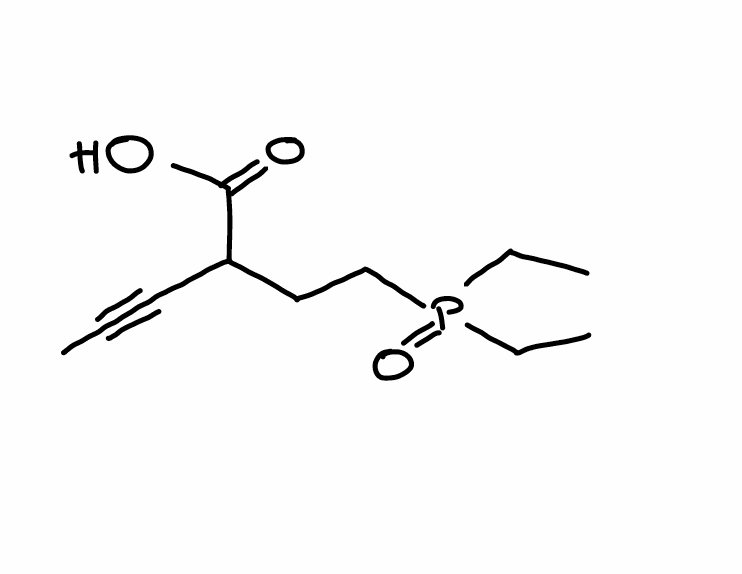
Simplified molecular-input line-entry system (SMILES) notation of the given molecule:
CCP(=O)(CC)CCC(C#CC)C(=O)O